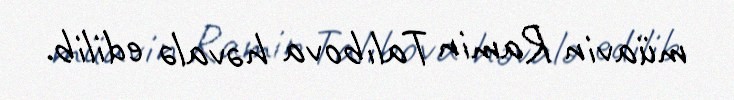
müavin Ramin Talıbova həvalə edilib.